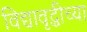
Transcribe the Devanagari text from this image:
विद्यावृद्धीच्या